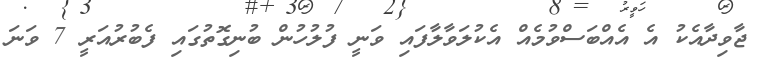
ޖާވިދާއެކު އެ އެއްބަސްވުމެއް އެކުލަވާލާފައި ވަނީ ފުލުހުން ބުނިގޮތުގައި ފެބުރުއަރީ 7 ވަނަ